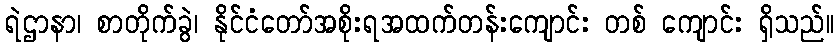
ရဲဌာနာ၊ စာတိုက်ခွဲ၊ နိုင်ငံတော်အစိုးရအထက်တန်းကျောင်း တစ် ကျောင်း ရှိသည်။